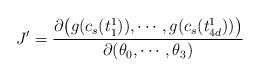
LaTeX: \begin{align*}J'={\partial \bigl( g(c_s(t_1^1)), \cdots, g(c_s(t_{4d}^1))\bigr)\over \partial (\theta_0, \cdots, \theta_3)}\end{align*}